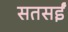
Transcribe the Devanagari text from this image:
सतसईं